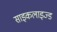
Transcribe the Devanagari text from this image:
साइकलाइज्ड